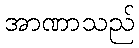
အာဏာသည်